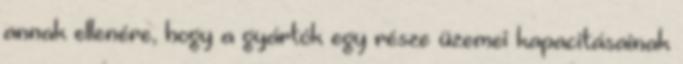
annak ellenére, hogy a gyártók egy része üzemei kapacitásainak